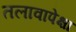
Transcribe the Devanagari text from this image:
तलावापेक्षा